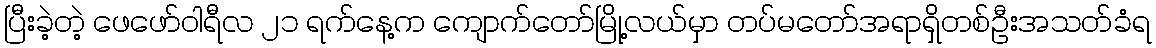
ပြီးခဲ့တဲ့ ဖေဖော်ဝါရီလ ၂၁ ရက်နေ့က ကျောက်တော်မြို့လယ်မှာ တပ်မတော်အရာရှိတစ်ဦးအသတ်ခံရ